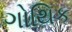
ગોથિક